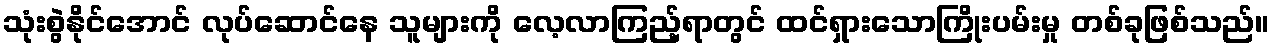
သုံးစွဲနိုင်အောင် လုပ်ဆောင်နေ သူများကို လေ့လာကြည့်ရာတွင် ထင်ရှားသောကြိုးပမ်းမှု တစ်ခုဖြစ်သည်။